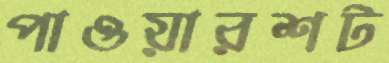
পাওয়ারশট